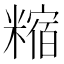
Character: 𥼍